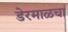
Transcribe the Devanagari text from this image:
डेरमाळचा